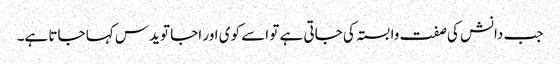
جب دانش کی صفت وابستہ کی جاتی ہے تو اسے کوی اور اجا تویدس کہا جاتا ہے۔